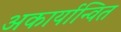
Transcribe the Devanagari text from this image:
अकार्यान्वित